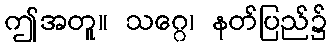
ဤအတူ။ သဂ္ဂေ၊ နတ်ပြည်၌